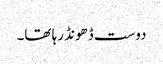
دوست ڈھونڈ رہا تھا۔